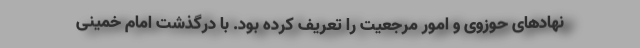
نهادهای حوزوی و امور مرجعیت را تعریف کرده بود. با درگذشت امام خمینی